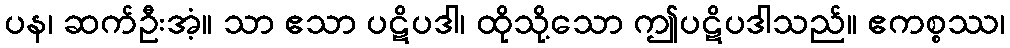
ပန၊ ဆက်ဦးအံ့။ သာ ဧသာ ပဋိပဒါ၊ ထိုသို့သော ဤပဋိပဒါသည်။ ဧကစ္စဿ၊